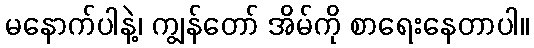
မနောက်ပါနဲ့၊ ကျွန်တော် အိမ်ကို စာရေးနေတာပါ။